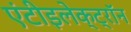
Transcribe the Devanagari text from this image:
एंटीइलेक्ट्रॉन